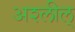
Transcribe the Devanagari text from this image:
अश्लील्